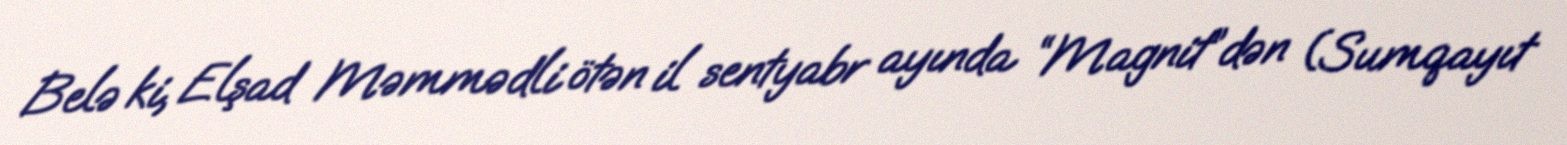
Belə ki, Elşad Məmmədli ötən il sentyabr ayında “Magnit”dən (Sumqayıt